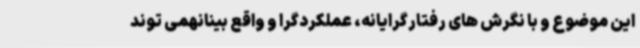
این موضوع و با نگرش های رفتارگرایانه، عملکردگرا و واقع بینانهمی توند